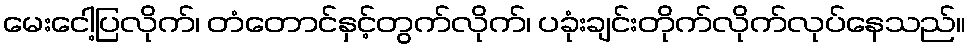
မေးငေါ့ပြလိုက်၊ တံတောင်နှင့်တွက်လိုက်၊ ပခုံးချင်းတိုက်လိုက်လုပ်နေသည်။